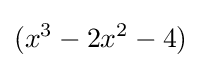
(x^{3}-2x^{2}-4)